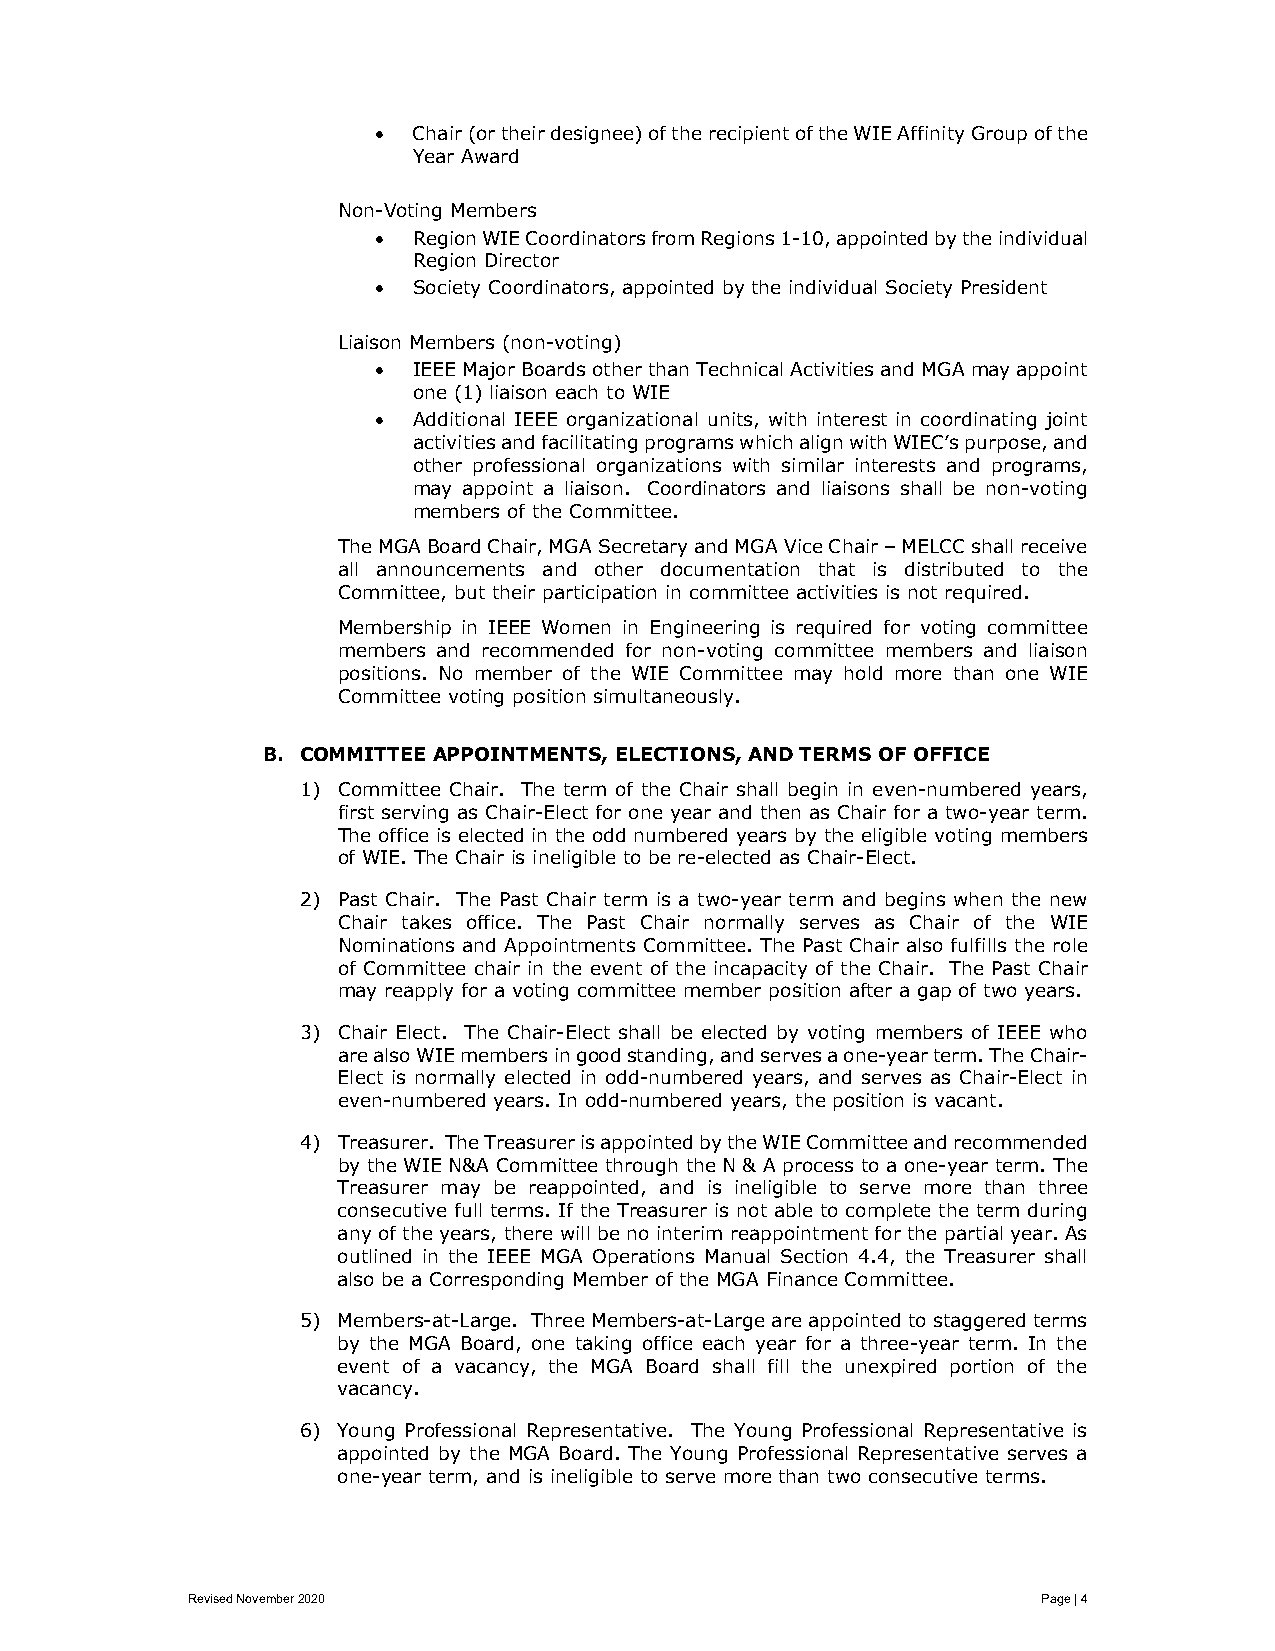
• Chair (or their designee) of the recipient of the WIE Affinity Group of the
 Year Award
 Non-Voting Members
 • Region WIE Coordinators from Regions 1-10, appointed by the individual
 Region Director
 • Society Coordinators, appointed by the individual Society President
 Liaison Members (non-voting)
 • IEEE Major Boards other than Technical Activities and MGA may appoint
 one (1) liaison each to WIE
 • Additional IEEE organizational units, with interest in coordinating joint
 activities and facilitating programs which align with WIEC’s purpose, and
 other professional organizations with similar interests and programs,
 may appoint a liaison. Coordinators and liaisons shall be non-voting
 members of the Committee.
 The MGA Board Chair, MGA Secretary and MGA Vice Chair – MELCC shall receive
 all announcements and other documentation that is distributed to the
 Committee, but their participation in committee activities is not required.
 Membership in IEEE Women in Engineering is required for voting committee
 members and recommended for non-voting committee members and liaison
 positions. No member of the WIE Committee may hold more than one WIE
 Committee voting position simultaneously.
 B. COMMITTEE APPOINTMENTS, ELECTIONS, AND TERMS OF OFFICE
 1) Committee Chair. The term of the Chair shall begin in even-numbered years,
 first serving as Chair-Elect for one year and then as Chair for a two-year term.
 The office is elected in the odd numbered years by the eligible voting members
 of WIE. The Chair is ineligible to be re-elected as Chair-Elect.
 2) Past Chair. The Past Chair term is a two-year term and begins when the new
 Chair takes office. The Past Chair normally serves as Chair of the WIE
 Nominations and Appointments Committee. The Past Chair also fulfills the role
 of Committee chair in the event of the incapacity of the Chair. The Past Chair
 may reapply for a voting committee member position after a gap of two years.
 3) Chair Elect. The Chair-Elect shall be elected by voting members of IEEE who
 are also WIE members in good standing, and serves a one-year term. The Chair-
 Elect is normally elected in odd-numbered years, and serves as Chair-Elect in
 even-numbered years. In odd-numbered years, the position is vacant.
 4) Treasurer. The Treasurer is appointed by the WIE Committee and recommended
 by the WIE N&A Committee through the N & A process to a one-year term. The
 Treasurer may be reappointed, and is ineligible to serve more than three
 consecutive full terms. If the Treasurer is not able to complete the term during
 any of the years, there will be no interim reappointment for the partial year. As
 outlined in the IEEE MGA Operations Manual Section 4.4, the Treasurer shall
 also be a Corresponding Member of the MGA Finance Committee.
 5) Members-at-Large. Three Members-at-Large are appointed to staggered terms
 by the MGA Board, one taking office each year for a three-year term. In the
 event of a vacancy, the MGA Board shall fill the unexpired portion of the
 vacancy.
 6) Young Professional Representative. The Young Professional Representative is
 appointed by the MGA Board. The Young Professional Representative serves a
 one-year term, and is ineligible to serve more than two consecutive terms.
 Revised November 2020                                    Page | 4